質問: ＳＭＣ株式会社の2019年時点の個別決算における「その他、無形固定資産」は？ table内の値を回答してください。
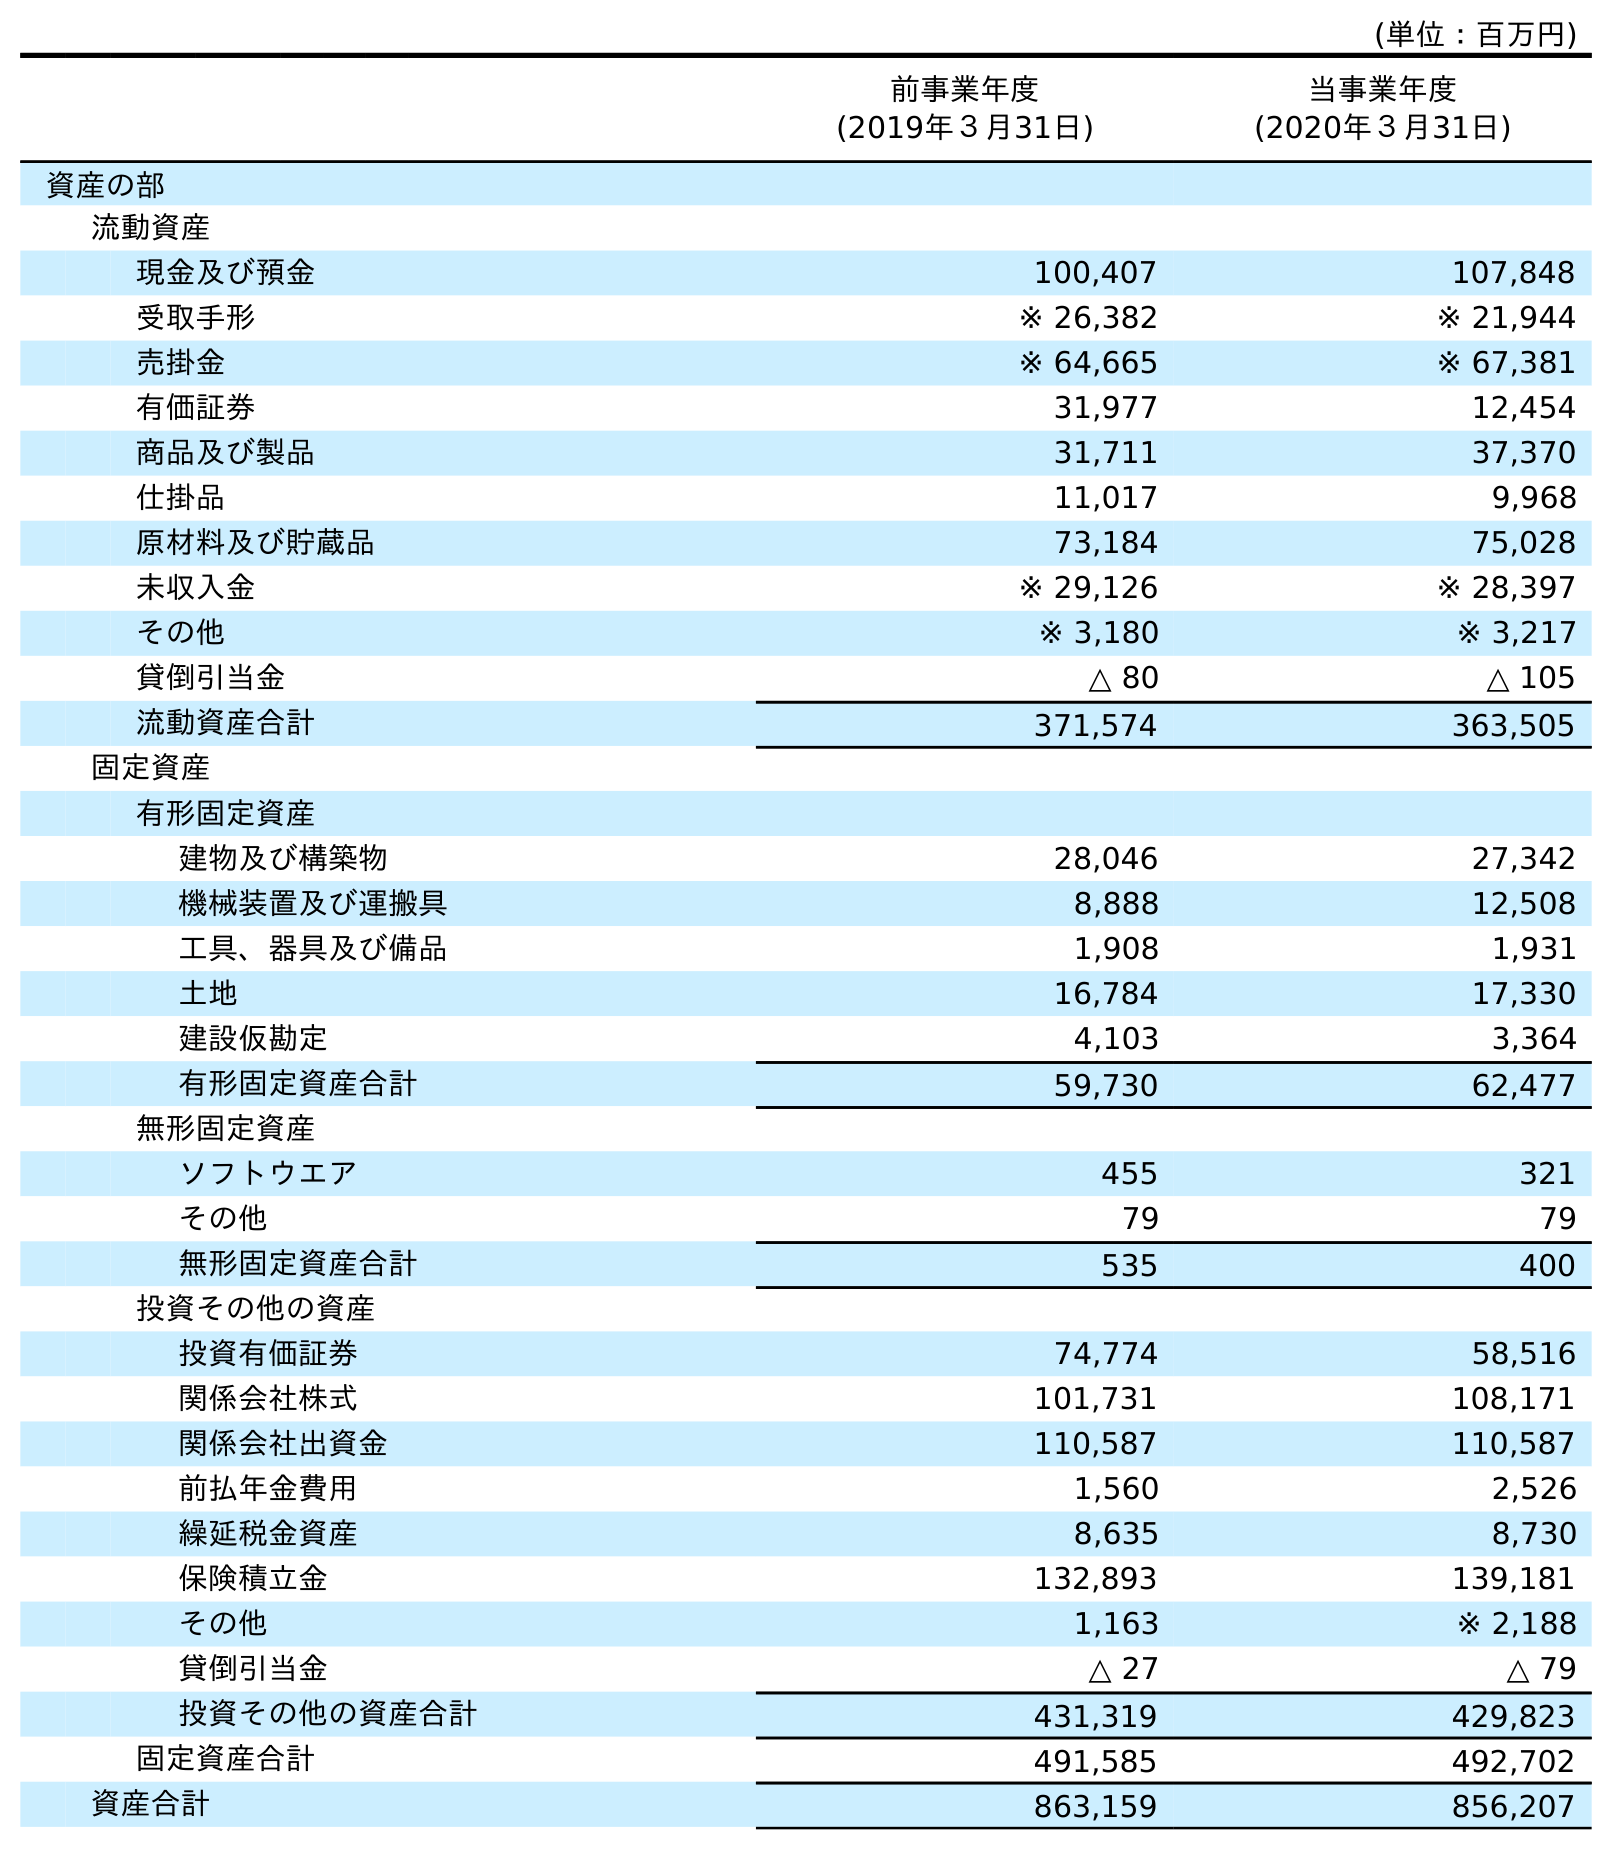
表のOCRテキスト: (単位：百万円) 前事業年度 (2019年３月31日) 当事業年度 (2020年３月31日) 資産の部 流動資産 現金及び預金 100,407 107,848 受取手形 ※ 26,382 ※ 21,944 売掛金 ※ 64,665 ※ 67,381 有価証券 31,977 12,454 商品及び製品 31,711 37,370 仕掛品 11,017 9,968 原材料及び貯蔵品 73,184 75,028 未収入金 ※ 29,126 ※ 28,397 その他 ※ 3,180 ※ 3,217 貸倒引当金 △ 80 △ 105 流動資産合計 371,574 363,505 固定資産 有形固定資産 建物及び構築物 28,046 27,342 機械装置及び運搬具 8,888 12,508 工具、器具及び備品 1,908 1,931 土地 16,784 17,330 建設仮勘定 4,103 3,364 有形固定資産合計 59,730 62,477 無形固定資産 ソフトウエア 455 321 その他 79 79 無形固定資産合計 535 400 投資その他の資産 投資有価証券 74,774 58,516 関係会社株式 101,731 108,171 関係会社出資金 110,587 110,587 前払年金費用 1,560 2,526 繰延税金資産 8,635 8,730 保険積立金 132,893 139,181 その他 1,163 ※ 2,188 貸倒引当金 △ 27 △ 79 投資その他の資産合計 431,319 429,823 固定資産合計 491,585 492,702 資産合計 863,159 856,207
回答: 79